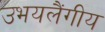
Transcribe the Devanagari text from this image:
उभयलैंगीय